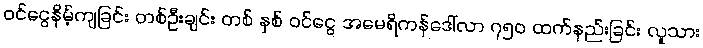
ဝင်ငွေနိမ့်ကျခြင်း တစ်ဦးချင်း တစ် နှစ် ဝင်ငွေ အမေရိကန်ဒေါ်လာ ၇၅၀ ထက်နည်းခြင်း လူသား